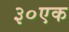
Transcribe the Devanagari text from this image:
३०एक